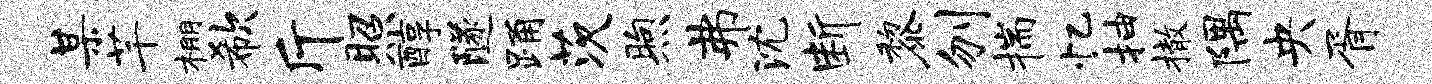
某芊棚欷斤照醇隧踊茨煦弗沈断黎刎揣忆抽撤隅央胥